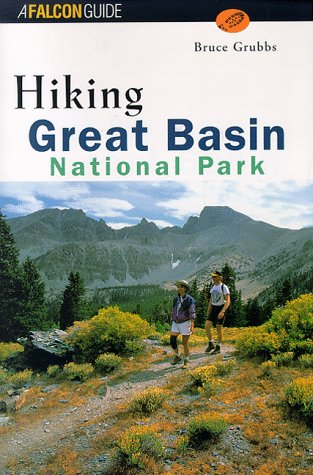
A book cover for Hiking Great Basin National Park (Regional Hiking Series); Bruce Grubbs; Travel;